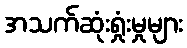
အသက်ဆုံးရှုံးမှုများ